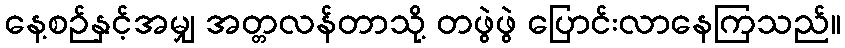
နေ့စဉ်နှင့်အမျှ အတ္တလန်တာသို့ တဖွဲဖွဲ ပြောင်းလာနေကြသည်။